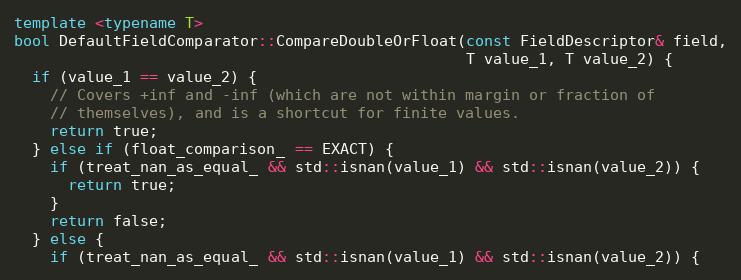
Language: C++
template <typename T>
bool DefaultFieldComparator::CompareDoubleOrFloat(const FieldDescriptor& field,
                                                  T value_1, T value_2) {
  if (value_1 == value_2) {
    // Covers +inf and -inf (which are not within margin or fraction of
    // themselves), and is a shortcut for finite values.
    return true;
  } else if (float_comparison_ == EXACT) {
    if (treat_nan_as_equal_ && std::isnan(value_1) && std::isnan(value_2)) {
      return true;
    }
    return false;
  } else {
    if (treat_nan_as_equal_ && std::isnan(value_1) && std::isnan(value_2)) {